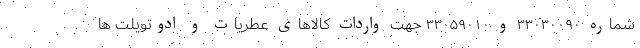
شماره ۳۳۰۳۰۰۹۰ و ۳۳۰۵۹۰۱۰ جهت واردات کالاهای عطریات و ادوتویلت ها